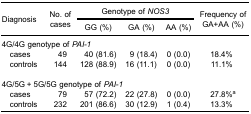
| <ROWSPAN=3> Diagnosis | <ROWSPAN=3> No. of cases | <COLSPAN=3> Genotype of NOS3 | <ROWSPAN=3> Frequency ofGA+AA (%) |
 | GG (%) | GA (%) | AA (%) |
 | --- | --- | --- | --- | --- | --- |
 | <COLSPAN=6> 4G/4G genotype of PAI-1 |
 | cases | 49 | 40 (81.6) | 9 (18.4) | 0 (0.0) | 18.4% |
 | controls | 144 | 128 (88.9) | 16 (11.1) | 0 (0.0) | 11.1% |
 | <COLSPAN=6>  |
 | <COLSPAN=6> 4G/5G + 5G/5G genotype of PAI-1 |
 | cases | 79 | 57 (72.2) | 22 (27.8) | 0 (0.0) | 27.8%a |
 | controls | 232 | 201 (86.6) | 30 (12.9) | 1 (0.4) | 13.3% |